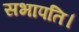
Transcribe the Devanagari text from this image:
सभापति।